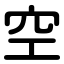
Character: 空